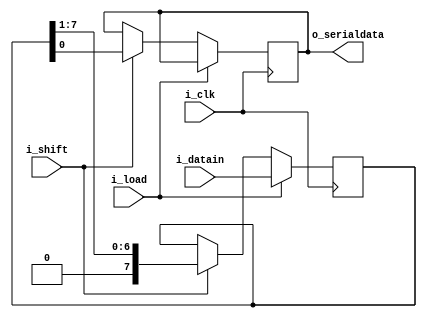

   module piso_tx(i_datain,i_shift,i_load,i_clk,
                  o_serialdata);
				  
				  
		input [7:0] i_datain;
		input i_clk,i_load,i_shift;
		output reg o_serialdata;
		
		reg [7:0] tempreg;
		
		always@(posedge i_clk)
		   begin
		     if(i_load)
			     tempreg <= i_datain;
		     else if(i_shift)
                begin
				   o_serialdata <= tempreg[0];
				   tempreg      <= tempreg >> 1;
                end				
		   end
	endmodule